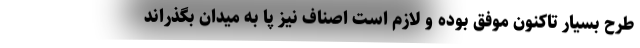
طرح بسیار تاکنون موفق بوده و لازم است اصناف نیز پا به میدان بگذراند